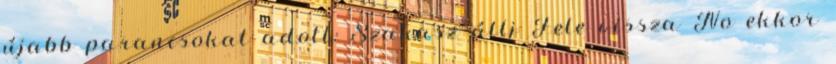
újabb parancsokat adott: Szakasz állj Fele vissza No ekkor